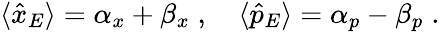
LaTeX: \begin{array}{r}{\langle\hat{x}_{E}\rangle=\alpha_{x}+\beta_{x}\; ,\quad\langle\hat{p}_{E}\rangle=\alpha_{p}-\beta_{p}\; .}\end{array}